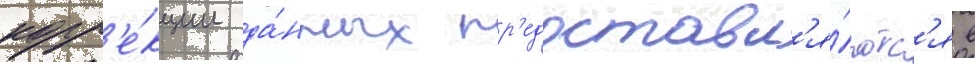
корр'е́кции да́нных пр'едоставл'я́ютс'я в